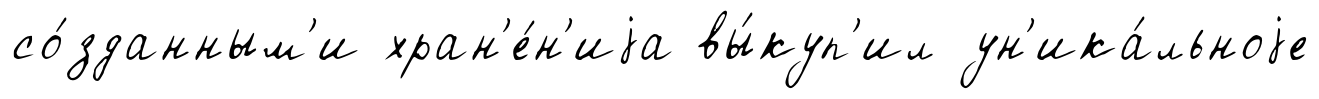
со́зданным'и хран'е́н'иjа вы́куп'ил ун'ика́льноjе